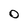
Character: O